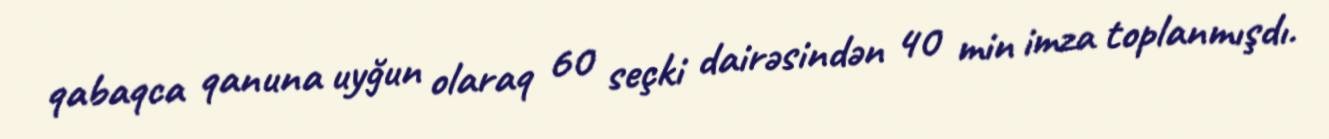
qabaqca qanuna uyğun olaraq 60 seçki dairəsindən 40 min imza toplanmışdı.